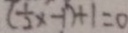
( \frac { 1 } { 2 } x - 1 ) + 1 = 0